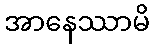
အာနေဿာမိ